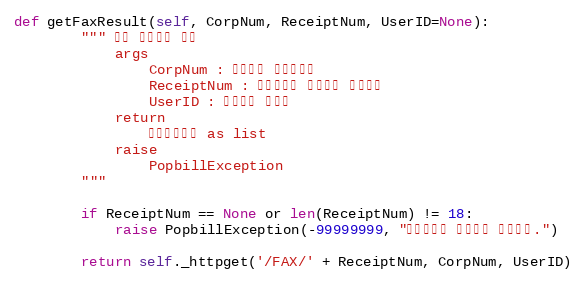
Language: Python
def getFaxResult(self, CorpNum, ReceiptNum, UserID=None):
        """ 팩스 전송결과 조회
            args
                CorpNum : 팝빌회원 사업자번호
                ReceiptNum : 전송요청시 발급받은 접수번호
                UserID : 팝빌회원 아이디
            return
                팩스전송정보 as list
            raise
                PopbillException
        """

        if ReceiptNum == None or len(ReceiptNum) != 18:
            raise PopbillException(-99999999, "접수번호가 올바르지 않습니다.")

        return self._httpget('/FAX/' + ReceiptNum, CorpNum, UserID)